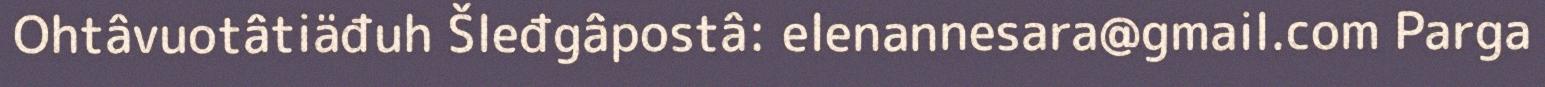
Ohtâvuotâtiäđuh Šleđgâpostâ: elenannesara@gmail.com Parga